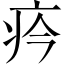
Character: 𤴽